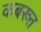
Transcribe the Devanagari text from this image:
कबख्त